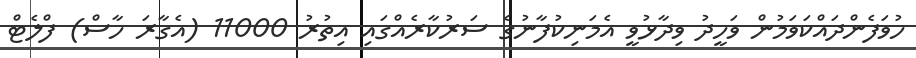
ހުވަފެންދައްކަވަމުން ވަހީދު ވިދާޅުވީ އެމަނިކުފާނުގެ ސަރުކާރެއްގައި އިތުރު 11000 (އެގާރަ ހާސް) ފްލެޓް